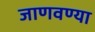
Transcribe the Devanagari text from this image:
जाणवण्या